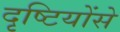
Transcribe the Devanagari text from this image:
दृष्टियोंसे